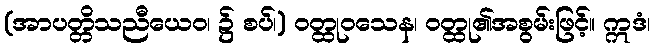
(အာပတ္တိသညီယေဝ၊ ၌ စပ်၊) ဝတ္ထုဝသေန၊ ဝတ္ထု၏အစွမ်းဖြင့်။ ဣဒံ၊